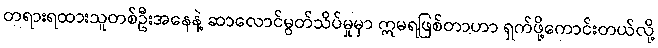
တရားရထားသူတစ်ဦးအနေနဲ့ ဆာလောင်မွတ်သိပ်မှုမှာ ဣမရဖြစ်တာဟာ ရှက်ဖို့ကောင်းတယ်လို့